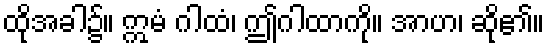
ထိုအခါ၌။ ဣမံ ဂါထံ၊ ဤဂါထာကို။ အာဟ၊ ဆို၏။